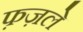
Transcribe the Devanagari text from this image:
फ़ज़ले